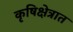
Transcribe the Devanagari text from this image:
कृषिक्षेत्रात